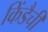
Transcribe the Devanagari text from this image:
किंडैची